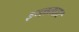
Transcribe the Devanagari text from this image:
इज्ज़तदार